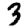
Digit: 3